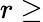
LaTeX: r\ge